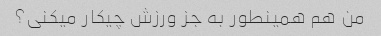
من هم همینطور به جز ورزش چیکار میکنی؟